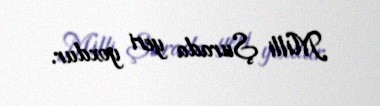
Milli Şurada yeri yoxdur.